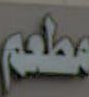
مطعم